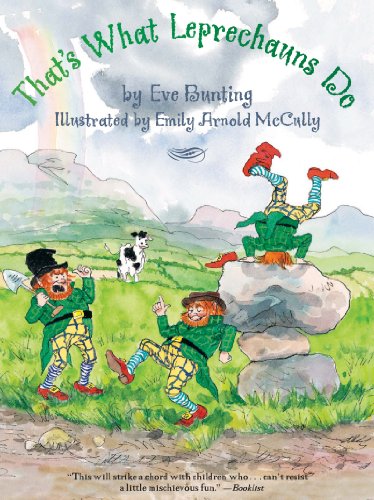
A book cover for That's What Leprechauns Do; Eve Bunting; Children's Books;